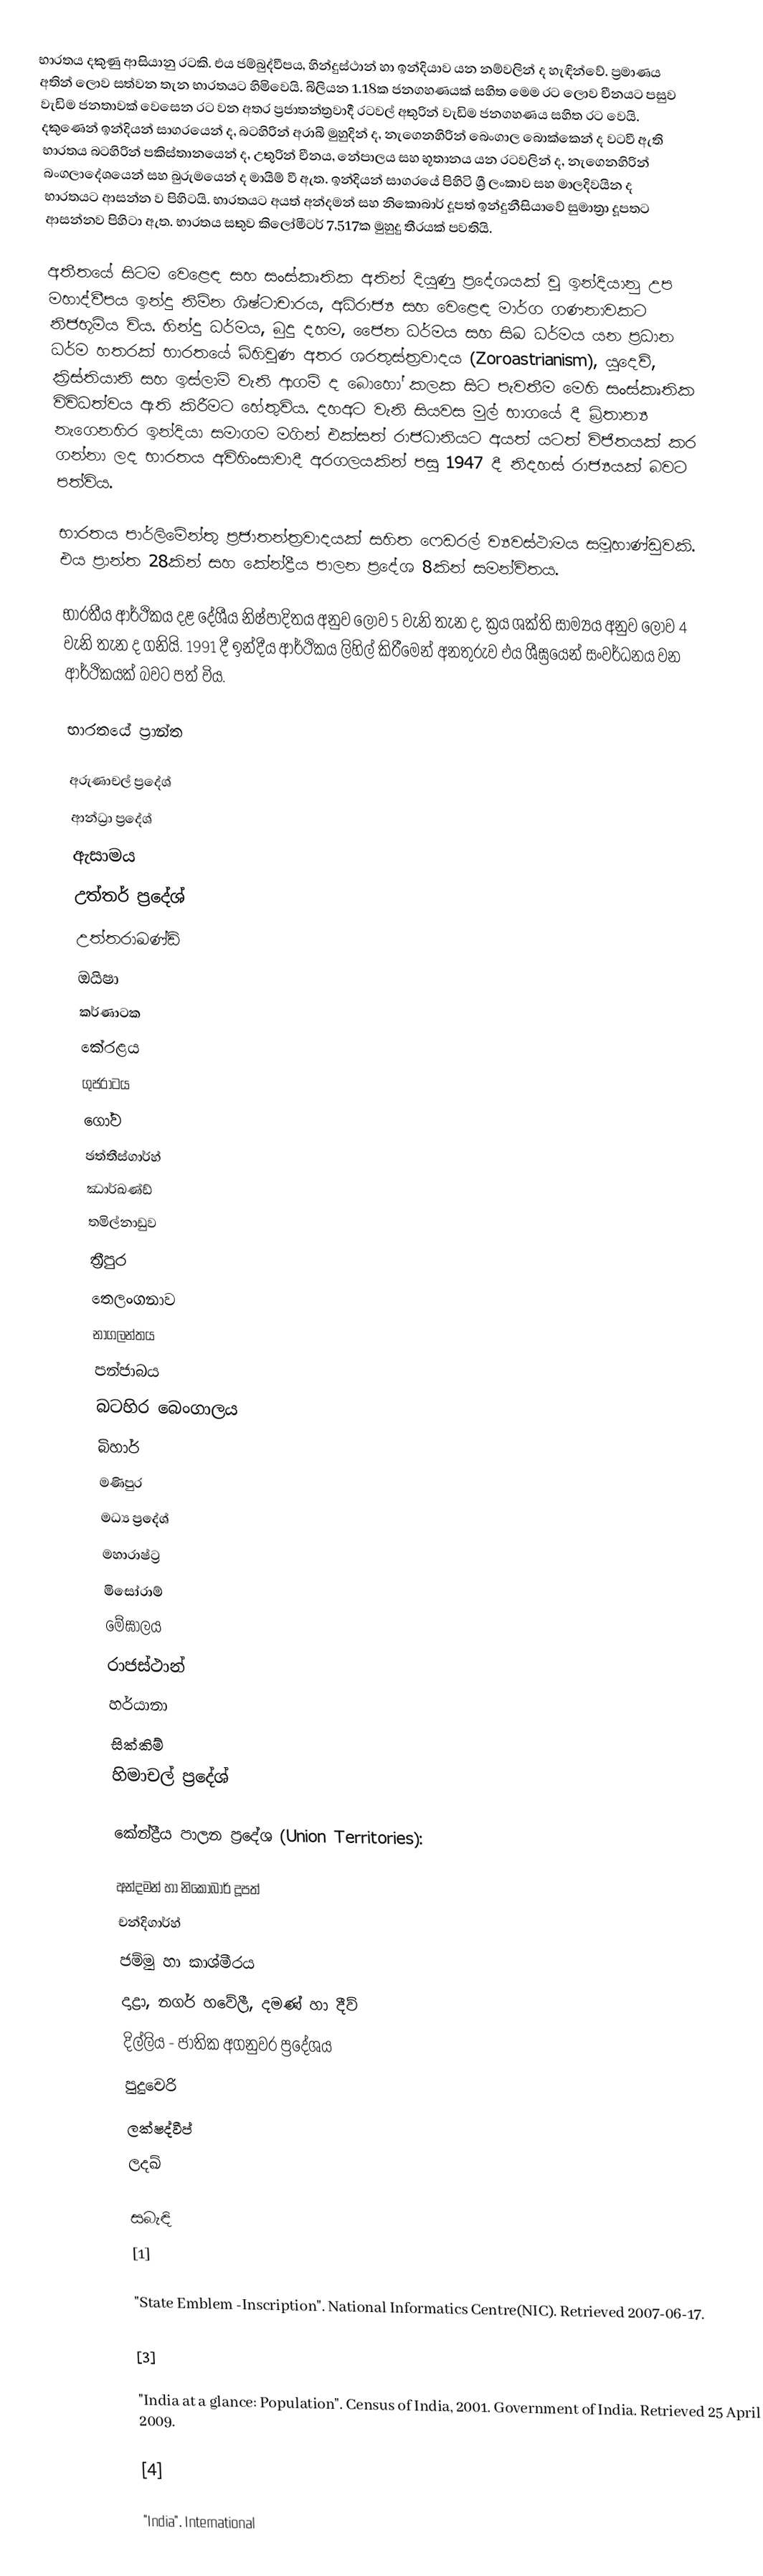
භාරතය දකුණු ආසියානු රටකි. එය ජම්බුද්වීපය, හින්දුස්ථාන් හා ඉන්දියාව යන නම්වලින් ද හැඳින්වේ. ප්‍රමාණය අතින් ලොව සත්වන තැන භාරතයට හිමිවෙයි. බිලියන 1.18ක ජනගහණයක් සහිත මෙම රට ‍ලොව චීනයට පසුව වැඩිම ජනතාවක් වෙසෙන රට වන අතර ප්‍රජාතන්ත්‍රවාදී රටවල් අතුරින් වැඩිම ජනගහණය සහිත රට වෙයි. දකුණෙන් ඉන්දියන් සාගරයෙන් ද, බටහිරින් අරාබි මුහුදින් ද, නැගෙනහිරින් බෙංගාල බොක්කෙන් ද වටවී ඇති භාරතය බටහිරින් පකිස්තානයෙන් ද, උතුරින් චීනය, නේපාලය සහ භූතානය යන රටවලින් ද, නැගෙනහිරින් බංගලාදේශයෙන් සහ බුරුමයෙන් ද මායිම් වී ඇත. ඉන්දියන් සාගරයේ පිහිටි ශ්‍රී ලංකාව සහ මාලදිවයින ද භාරතයට ආසන්න ව පිහිටයි. භාරතයට අයත් අන්දමන් සහ නිකොබාර් දූපත් ඉන්දුනීසියාවේ සුමාත්‍රා දූපතට ආසන්නව පිහිටා ඇත. භාරතය සතුව කිලෝමීටර් 7,517ක මුහුදු තීරයක් පවතියි.

අතීතයේ සිටම වෙළෙඳ සහ සංස්කෘතික අතින් දියුණු ප්‍රදේශයක් වූ ඉන්දියානු උප මහාද්වීපය ඉන්දු නිම්න ශිෂ්ටාචාරය, අධිරාජ්‍ය සහ වෙළෙඳ මාර්ග ගණනාවකට නිජභූමිය විය. හින්දු ධර්මය, බුදු දහම, ජෛන ධර්මය සහ සිඛ ධර්මය යන ප්‍රධාන ධර්ම හතරක් භාරතයේ බිහිවුණ අතර ශරතුස්ත්‍රවාදය (Zoroastrianism), යුදෙව්, ක්‍රිස්තියානි සහ ඉස්ලාම් වැනි ආගම් ද බොහෝ කලක සිට පැවතීම මෙහි සංස්කෘතික විවිධත්වය ඇති කිරීමට හේතුවිය. දහඅට වැනි සියවස මුල් භාගයේ දී බ්‍රිතාන්‍ය නැගෙනහිර ඉන්දියා සමාගම මගින් එක්සත් රාජධානියට අයත් යටත් විජිතයක් කර ගන්නා ලද භාරතය අවිහිංසාවාදී අරගලයකින් පසු 1947 දී නිදහස් රාජ්‍යයක් බවට පත්විය.

භාරතය පාර්ලිමේන්තු ප්‍රජාතන්ත්‍රවාදයක් සහිත ෆෙඩරල් ව්‍යවස්ථාමය සමූහාණ්ඩුවකි. එය ප්‍රාන්ත 28කින් සහ කේන්ද්‍රීය පාලන ප්‍රදේශ 8කින් සමන්විතය.

භාරතීය ආර්ථිකය දළ දේශීය නිෂ්පාදිතය අනුව ලොව 5 වැනි තැන ද, ක්‍රය ශක්ති සාම්‍යය අනුව ලොව 4 වැනි තැන ද ගනියි. 1991 දී ඉන්දීය ආර්ථිකය ලිහිල් කිරීමෙන් අනතුරුව එය ශීඝ්‍රයෙන් සංවර්ධනය වන ආර්ථිකයක් බවට පත් විය.

භාරතයේ ප්‍රාන්ත

	අරුණාචල් ප්‍රදේශ්
	ආන්ධ්‍රා ප්‍රදේශ්
 ඇසාමය
 උත්තර් ප්‍රදේශ්
 උත්තරාඛණ්ඩ්
 ඔයිෂා
	කර්ණාටක
	කේරළය
	ගුජරාටය
	ගෝව
	ඡත්තීස්ගාර්හ්
	ඣාර්ඛණ්ඩ්
 තමිල්නාඩුව
	ත්‍රීපුර
 තෙලංගනාව
 නාගලන්තය
 පන්ජාබය
 බටහිර බෙංගාලය
	බිහාර්
 මණිපුර
 මධ්‍ය ප්‍රදේශ්
 මහාරාෂ්ට්‍ර
 මිසෝරාම්
 මේඝාලය
 රාජස්ථාන්
	හර්යානා
 සික්කිම්
	හිමාචල් ප්‍රදේශ්

කේන්ද්‍රීය පාලන ප්‍රදේශ (Union Territories):

 අන්දමන් හා නිකොබාර් දූපත්
	චන්දිගාර්හ්
	ජම්මු හා කාශ්මීරය
	දාද්‍රා, නගර් හවේලී, දමණ් හා දීව්
	දිල්ලිය - ජාතික අගනුවර ප්‍රදේශය
 පුදුචෙරි
 ලක්ෂද්වීප්
 ලදඛ්

සබැඳි
[1]

"State Emblem -Inscription". National Informatics Centre(NIC). Retrieved 2007-06-17.

[3]

"India at a glance: Population". Census of India, 2001. Government of India. Retrieved 25 April 2009.

[4]

"India". International